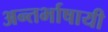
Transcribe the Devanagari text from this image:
अन्तर्भाषायी